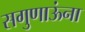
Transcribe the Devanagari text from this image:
सगुणाऊंना